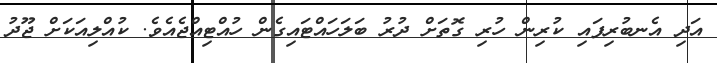
އަދި އެނބުރިފައި ކުރިން ހުރި ގޮތަށް ދުރު ބަލަހައްޓައިގެން ހުއްޓިއްޖެއެވެ. ކުއްލިއަކަށް ޖޫދު